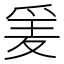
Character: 𱬼